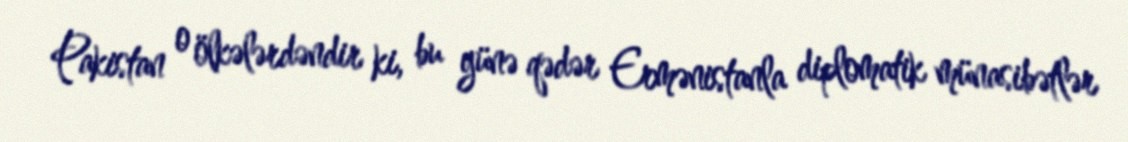
Pakistan o ölkələrdəndir ki, bu günə qədər Ermənistanla diplomatik münasibətlər